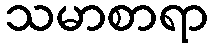
သမာစာရာ